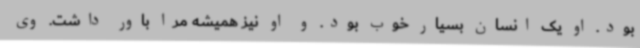
بود. او یک انسان بسیار خوب بود. و او نیز همیشه مرا باور داشت. وی